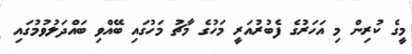
މީގެ ކުރިން މި އަހަރުގެ ފެބުރުއަރީ މަހުގެ މާޗު މަހުގައި ބޭއްވި ބައްދަލުވުމުގައި